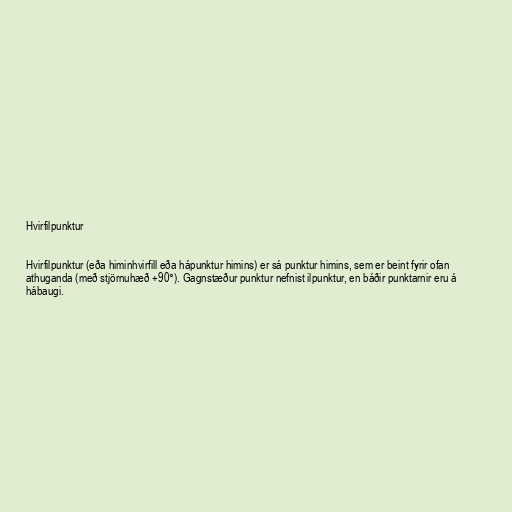
Hvirfilpunktur

Hvirfilpunktur (eða himinhvirfill eða hápunktur himins) er sá punktur himins, sem er beint fyrir ofan
athuganda (með stjörnuhæð +90°). Gagnstæður punktur nefnist ilpunktur, en báðir punktarnir eru á
hábaugi.